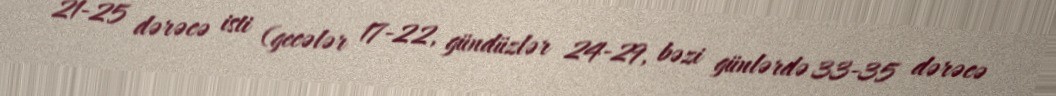
21-25 dərəcə isti (gecələr 17-22, gündüzlər 24-29, bəzi günlərdə 33-35 dərəcə